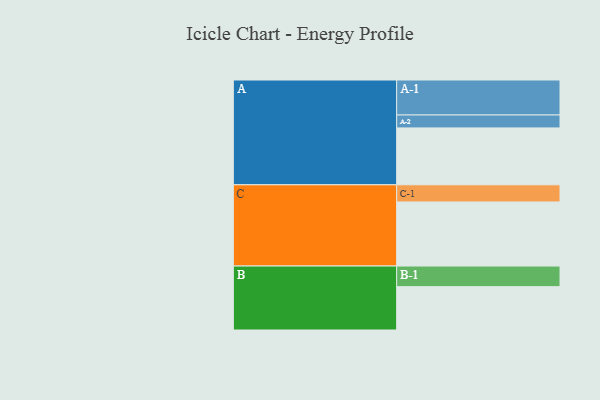
{"axis": {"x": "Segment", "y": "Value"}, "legend": ["", "A", "B", "C"], "data": [{"x": "A", "y": 475, "type": ""}, {"x": "B", "y": 362, "type": ""}, {"x": "C", "y": 535, "type": ""}, {"x": "A-1", "y": 292, "type": "A"}, {"x": "A-2", "y": 108, "type": "A"}, {"x": "B-1", "y": 172, "type": "B"}, {"x": "C-1", "y": 143, "type": "C"}]}